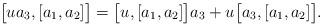
LaTeX: \begin{align*}\bigl[ u a_3, [a_1, a_2] \bigr] = \bigl[ u, [a_1, a_2] \bigr] a_3 + u \bigl[ a_3, [a_1, a_2] \bigr] .\end{align*}